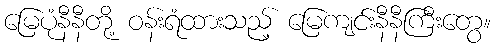
မြေပုံနီနီတို့ ဝန်းရံထားသည့် မြေကျင်းနီနီကြီးတွေ။